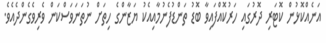
އަނެއްކޮޅުން ކޮޓަރި ދޮރުގައި ހަރުކޮއްފައިވާ ބޮޑު ތަންޑުފެނުމާއިއެކު ޔަޒާންގެ ހިތަށް ނުތަނަވަސްކަން ވެރިވެގެންދެއެވެ.